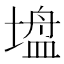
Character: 𫮠